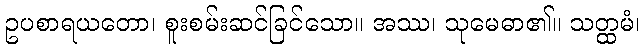
ဥပစာရယတော၊ စူးစမ်းဆင်ခြင်သော။ အဿ၊ သုမေဓာ၏။ သတ္ထမံ၊